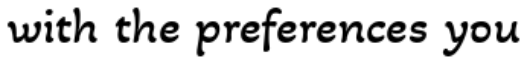
with the preferences you